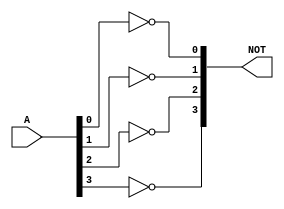
module NOT_gate4(
input [3:0]A,
output [3:0]NOT
    );
    
    not N0(NOT[0],A[0]);
    not N1(NOT[1],A[1]);
    not N2(NOT[2],A[2]);
    not N3(NOT[3],A[3]);
 
endmodule